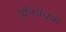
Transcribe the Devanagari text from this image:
प्रतिबंधास